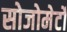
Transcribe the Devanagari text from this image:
सोजोमेर्टो